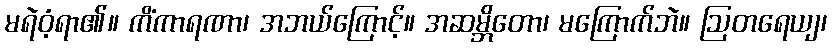
မရဲဝံ့ရာ၏။ ကိံကာရဏာ၊ အဘယ်ကြောင့်။ အဆမ္ဘိတော၊ မကြောက်ဘဲ။ ဩတရေယျ၊